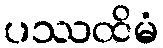
ပဿထိမံ